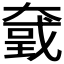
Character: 𡙮